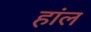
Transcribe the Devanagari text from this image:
हांल